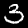
Label: 3